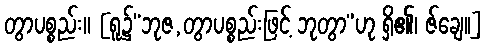
တွာပစ္စည်း။ [ရူ၌“ဘုဇ,တွာပစ္စည်းဖြင့် ဘုတွာ”ဟု ရှိ၏၊ ဇ်ချေ၊၊]